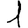
Digit: 1